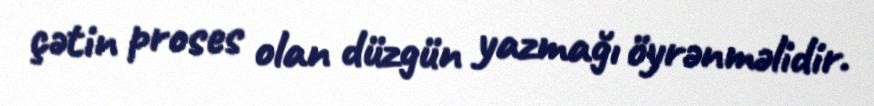
çətin proses olan düzgün yazmağı öyrənməlidir.